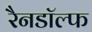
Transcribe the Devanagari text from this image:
रैनडॉल्फ